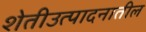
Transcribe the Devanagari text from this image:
शेतीउत्पादनातील